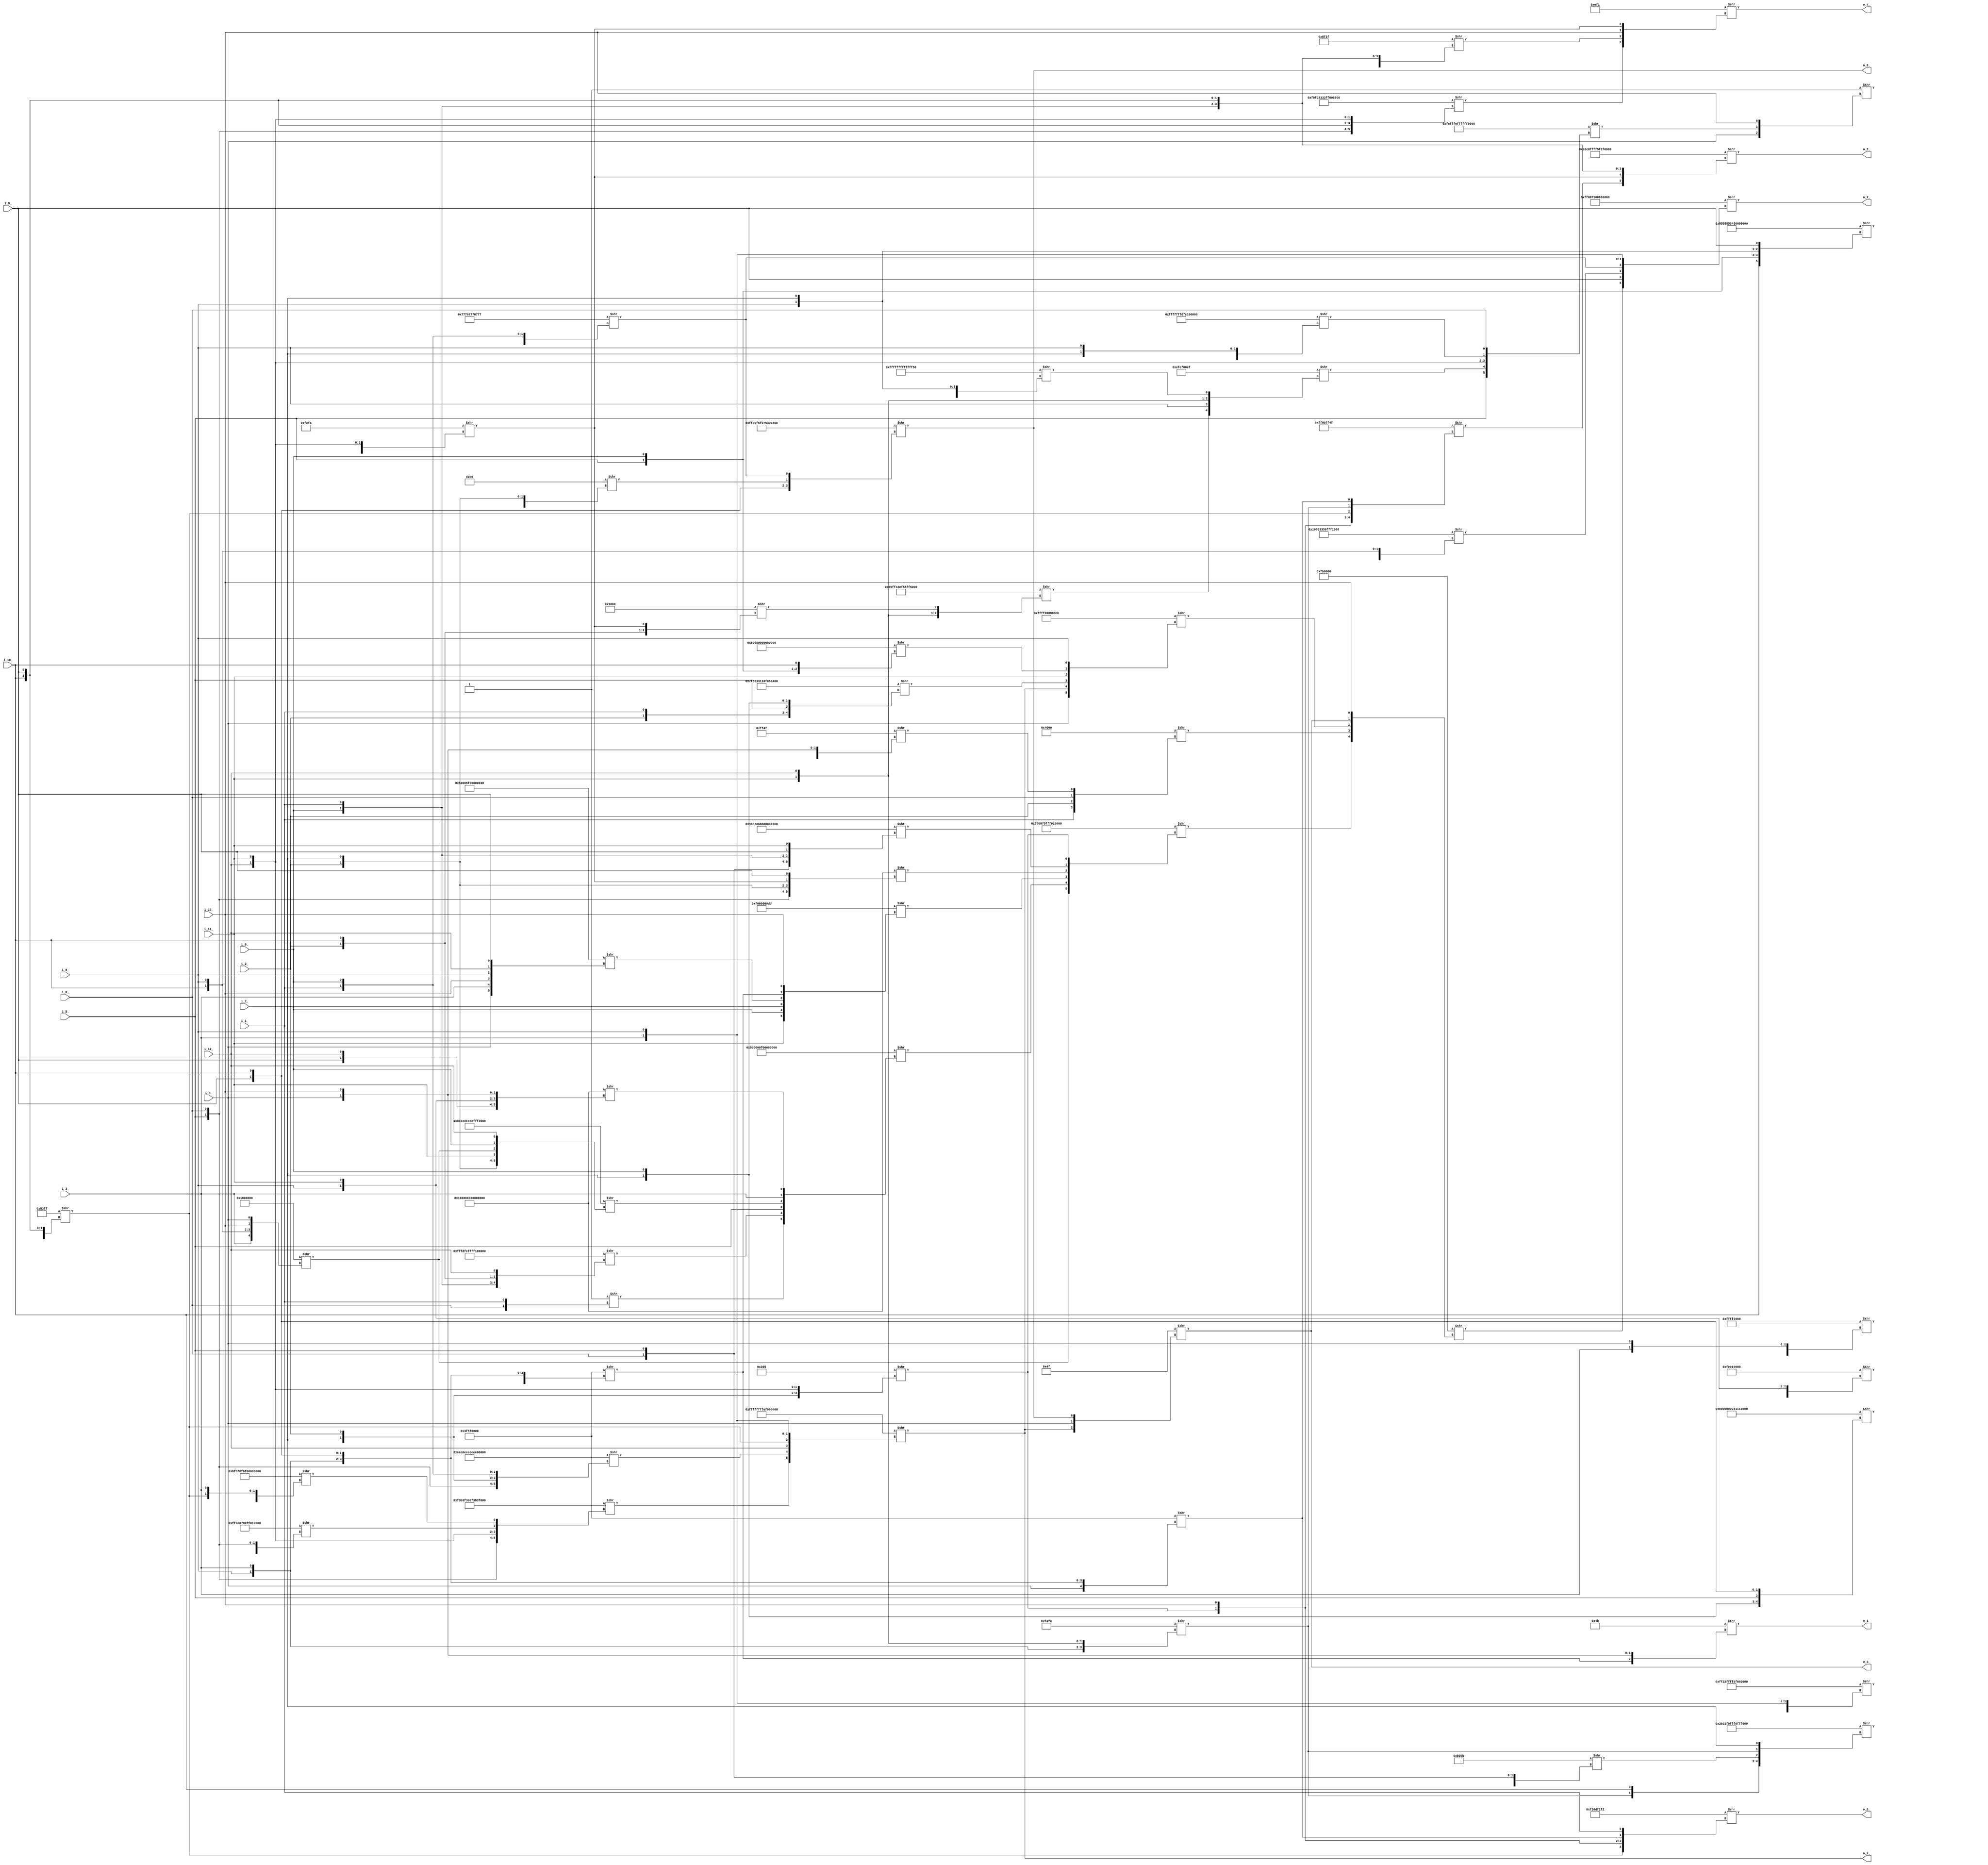
/* Generated by Yosys 0.16+65 (git sha1 051517d61, gcc 9.1.0 -fPIC -Os) */

module alu4(i_0_, i_1_, i_2_, i_3_, i_4_, i_5_, i_6_, i_7_, i_8_, i_9_, i_10_, i_11_, i_12_, i_13_, o_0_, o_1_, o_2_, o_3_, o_4_, o_5_, o_6_
, o_7_);
  wire _000_;
  wire _001_;
  wire _002_;
  wire _003_;
  wire _004_;
  wire _005_;
  wire _006_;
  wire _007_;
  wire _008_;
  wire _009_;
  wire _010_;
  wire _011_;
  wire _012_;
  wire _013_;
  wire _014_;
  wire _015_;
  wire _016_;
  wire _017_;
  wire _018_;
  wire _019_;
  wire _020_;
  wire _021_;
  wire _022_;
  wire _023_;
  wire _024_;
  wire _025_;
  wire _026_;
  wire _027_;
  wire _028_;
  wire _029_;
  wire _030_;
  wire _031_;
  wire _032_;
  wire _033_;
  wire _034_;
  wire _035_;
  wire _036_;
  wire _037_;
  wire _038_;
  wire _039_;
  wire _040_;
  wire _041_;
  wire _042_;
  wire _043_;
  wire _044_;
  wire _045_;
  wire _046_;
  input i_0_;
  wire i_0_;
  input i_10_;
  wire i_10_;
  input i_11_;
  wire i_11_;
  input i_12_;
  wire i_12_;
  input i_13_;
  wire i_13_;
  input i_1_;
  wire i_1_;
  input i_2_;
  wire i_2_;
  input i_3_;
  wire i_3_;
  input i_4_;
  wire i_4_;
  input i_5_;
  wire i_5_;
  input i_6_;
  wire i_6_;
  input i_7_;
  wire i_7_;
  input i_8_;
  wire i_8_;
  input i_9_;
  wire i_9_;
  output o_0_;
  wire o_0_;
  output o_1_;
  wire o_1_;
  output o_2_;
  wire o_2_;
  output o_3_;
  wire o_3_;
  output o_4_;
  wire o_4_;
  output o_5_;
  wire o_5_;
  output o_6_;
  wire o_6_;
  output o_7_;
  wire o_7_;
  assign _000_ = 64'b0000000000000000000001110111011100000111011101110000011101110111 >> { i_7_, i_2_, i_5_, i_0_, i_1_, i_6_ };
  assign _001_ = 4'b0001 >> { i_0_, i_1_ };
  assign _002_ = 64'b0111111101010101001100110001000100001111000001010000001100000000 >> { i_0_, i_2_, i_1_, i_5_, i_7_, i_6_ };
  assign _003_ = 64'b1110111011100000111011101110000011101110111000000000000000000000 >> { i_5_, i_0_, i_7_, i_2_, i_1_, i_6_ };
  assign _004_ = 16'b1011000010111011 >> { i_1_, i_6_, i_0_, i_5_ };
  assign _005_ = 8'b10110000 >> { _004_, i_2_, i_7_ };
  assign _006_ = 64'b1111111100100010111111111111111101011111000000000001111100000000 >> { i_12_, _002_, i_11_, _003_, i_3_, i_8_ };
  assign _007_ = 64'b0000000000000000000000000000000011111111111111110100000000000000 >> { _006_, i_13_, i_1_, i_2_, i_3_, i_4_ };
  assign _008_ = 16'b1111110011111010 >> { i_6_, i_1_, i_12_, i_11_ };
  assign _009_ = 16'b0001000000000000 >> { i_7_, i_2_, i_10_, _008_ };
  assign _010_ = 64'b1111111111111101111111001111111111111111000011111111111111110000 >> { i_0_, i_6_, i_1_, i_2_, i_10_, i_12_ };
  assign _011_ = 64'b0101010111111111010001001100111101010101111111110101000011111111 >> { i_7_, _010_, i_0_, i_11_, i_12_, _009_ };
  assign _012_ = 64'b0000111111111111111111111111111111111111111111111111111101110111 >> { i_6_, i_10_, i_2_, _001_, i_8_, i_7_ };
  assign _013_ = 32'd4025417967 >> { _011_, i_8_, i_11_, i_12_, _012_ };
  assign _014_ = 64'b1111111111111111111111111111110111111100000011111111111111111111 >> { i_1_, i_10_, i_6_, i_2_, i_7_, i_8_ };
  assign _015_ = 64'b1111111011111111111111101111111111111111111111110000000000000000 >> { i_5_, _013_, i_12_, i_11_, _014_, i_0_ };
  assign _016_ = 8'b00000001 >> { i_4_, _015_, i_13_ };
  assign _017_ = 64'b0000000100000000000000110011001100001111111111110000111111111111 >> { _007_, _005_, i_3_, _016_, i_10_, i_8_ };
  assign _018_ = 16'b0101001111111111 >> { i_2_, i_7_, i_10_, i_9_ };
  assign _019_ = 64'b1011111110111111101111111011111100000000000000000000000010111111 >> { _002_, i_6_, i_7_, i_8_, _018_, i_3_ };
  assign _020_ = 16'b1111101011111100 >> { i_8_, i_3_, i_11_, i_12_ };
  assign _021_ = 64'b0010000000110011111100001111111111110000111111111111000011111111 >> { i_2_, i_1_, i_10_, _004_, _020_, i_7_ };
  assign _022_ = 64'b1111111100000000000001110000000011111111000000001111111100000000 >> { i_9_, _000_, _021_, i_1_, i_5_, i_0_ };
  assign _023_ = 64'b1111001110110011111100110000000011110011101100111111000010110000 >> { i_5_, i_0_, i_12_, i_11_, _022_, _019_ };
  assign o_2_ = 64'b1111111111111111111111111111111111101111000000000000000000000000 >> { _023_, _003_, i_12_, _018_, i_3_, i_8_ };
  assign _024_ = 64'b0000000010000000110101010000000000000000000000000000000000000000 >> { i_12_, i_3_, _003_, i_5_, i_6_, i_10_ };
  assign _025_ = 64'b0000000000000000111111111111111100000000000000000000101110111011 >> { i_4_, o_2_, _002_, i_11_, _024_, i_8_ };
  assign o_0_ = 64'b1111111100110000111101011111000001110101001100000111010100110000 >> { i_3_, i_8_, i_9_, i_10_, _005_, _000_ };
  assign o_3_ = 8'b01001111 >> { o_2_, i_4_, o_0_ };
  assign _026_ = 64'b0000000001010000000000001000111100000000000000000000000000110000 >> { i_4_, i_3_, i_13_, i_8_, i_12_, i_9_ };
  assign _027_ = 64'b1100000000000000000000000000000000110001000100010001000100010101 >> { i_13_, i_7_, i_6_, i_5_, i_9_, i_10_ };
  assign _028_ = 32'd4261478400 >> { _027_, _026_, i_3_, i_8_, i_11_ };
  assign _029_ = 64'b0101010101010101010101010101010001111111111111111111111111111111 >> { i_10_, i_5_, i_6_, i_8_, i_7_, i_9_ };
  assign _030_ = 32'd65359 >> { _028_, _029_, i_3_, i_4_, i_13_ };
  assign _031_ = 16'b0100000000000000 >> { i_1_, i_2_, i_0_, _030_ };
  assign _032_ = 32'd1063190528 >> { _020_, i_8_, i_3_, i_9_, i_10_ };
  assign _033_ = 64'b0000000000000000000000000000111100000000000000000000000011011101 >> { i_11_, i_6_, i_7_, _026_, _032_, i_13_ };
  assign _034_ = 64'b0000000100000000000000000000000000000000000000000000000000000000 >> { i_9_, i_12_, i_8_, i_11_, i_4_, i_13_ };
  assign _035_ = 32'd16777216 >> { i_3_, i_10_, i_8_, i_13_, i_4_ };
  assign _036_ = 64'b1100110011001100110011001100110011101111111111110100000000000000 >> { i_2_, i_7_, i_11_, _035_, i_6_, i_12_ };
  assign _037_ = 64'b0000100000000000000000000000111100000000000000000000000000000000 >> { _001_, _010_, i_5_, _036_, i_3_, _034_ };
  assign _038_ = 16'b0000001100000101 >> { i_7_, i_2_, i_12_, i_11_ };
  assign _039_ = 64'b0000000100000000000000000000000000000000000000000000000000000000 >> { i_5_, i_0_, i_2_, i_7_, _008_, i_9_ };
  assign _040_ = 64'b0011000000000010000000000000000000000000000000000010000000000010 >> { i_0_, i_5_, i_6_, i_1_, i_9_, i_11_ };
  assign _041_ = 64'b0000011100000000000001110000011111111111000000001111111111111111 >> { _035_, _037_, _033_, _039_, _040_, _038_ };
  assign _042_ = 32'd16449536 >> { _041_, _031_, _025_, o_3_, i_13_ };
  assign o_7_ = 64'b0000000011111111000000000111000011111111111111111111111111111111 >> { _042_, i_9_, _017_, _000_, i_3_, i_8_ };
  assign _043_ = 32'd1063190528 >> { i_4_, i_8_, i_3_, i_9_, i_10_ };
  assign _044_ = 32'd4278255439 >> { _038_, i_13_, _018_, _020_, _043_ };
  assign _045_ = 32'd24383 >> { _044_, i_6_, i_1_, i_10_, i_9_ };
  assign o_5_ = 64'b1010000011000000111111111111111101011111001111110000000000000000 >> { _044_, _008_, i_6_, i_1_, i_10_, i_9_ };
  assign o_6_ = 32'd4061000434 >> { _018_, _038_, i_13_, _043_, _020_ };
  assign _046_ = 64'b1111000011110000001100110011001111111111000000000101010101010101 >> { i_5_, i_0_, i_10_, i_9_, i_12_, i_11_ };
  assign o_4_ = 16'b0000111011110001 >> { _046_, _045_, i_13_, _008_ };
  assign o_1_ = 8'b01001011 >> { _032_, i_4_, i_13_ };
endmodule